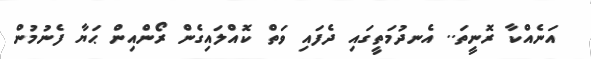
އަނެއްކާ ރޮނީތަ.. އެނދުމަތީގައި ދެފައި ވަތް ކޮއްލައިގެން ރޯންއިން ޙަޔާ ފެނުމުން